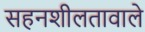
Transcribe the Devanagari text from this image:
सहनशीलतावाले